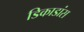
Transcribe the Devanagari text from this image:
डिकाडांस